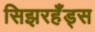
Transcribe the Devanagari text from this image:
सिझरहँड्स